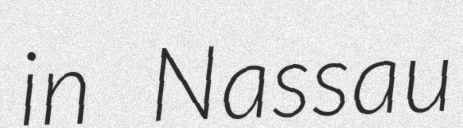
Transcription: in Nassau